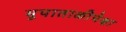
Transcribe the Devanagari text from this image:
भूपाताळीपेक्षा